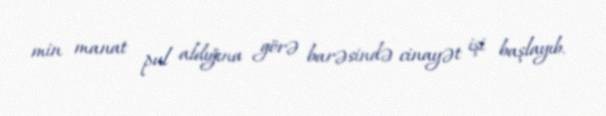
min manat pul aldığına görə barəsində cinayət işi başlayıb.